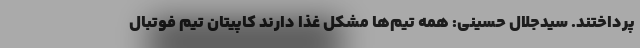
پرداختند. سیدجلال حسینی: همه تیم‌ها مشکل غذا دارند کاپیتان تیم فوتبال